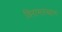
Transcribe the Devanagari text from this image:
विरामस्थान